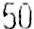
50